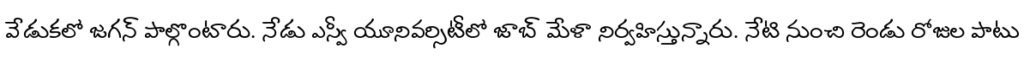
వేడుకలో జగన్ పాల్గొంటారు. నేడు ఎస్వీ యూనివర్సిటీలో జాబ్ మేళా నిర్వహిస్తున్నారు. నేటి నుంచి రెండు రోజుల పాటు